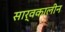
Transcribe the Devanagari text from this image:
सार्वकालीन